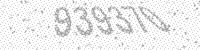
Solution: 939370